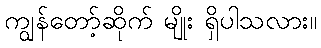
ကျွန်တော့်ဆိုက် မျိုး ရှိပါသလား။